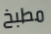
مطبخ